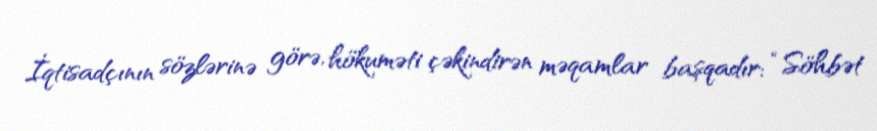
İqtisadçının sözlərinə görə, hökuməti çəkindirən məqamlar başqadır: “Söhbət